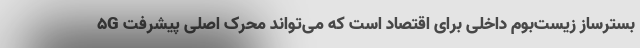
۵G بسترساز زیست‌بوم داخلی برای اقتصاد است که می‌تواند محرک اصلی پیشرفت